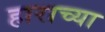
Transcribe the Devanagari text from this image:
हाराच्या